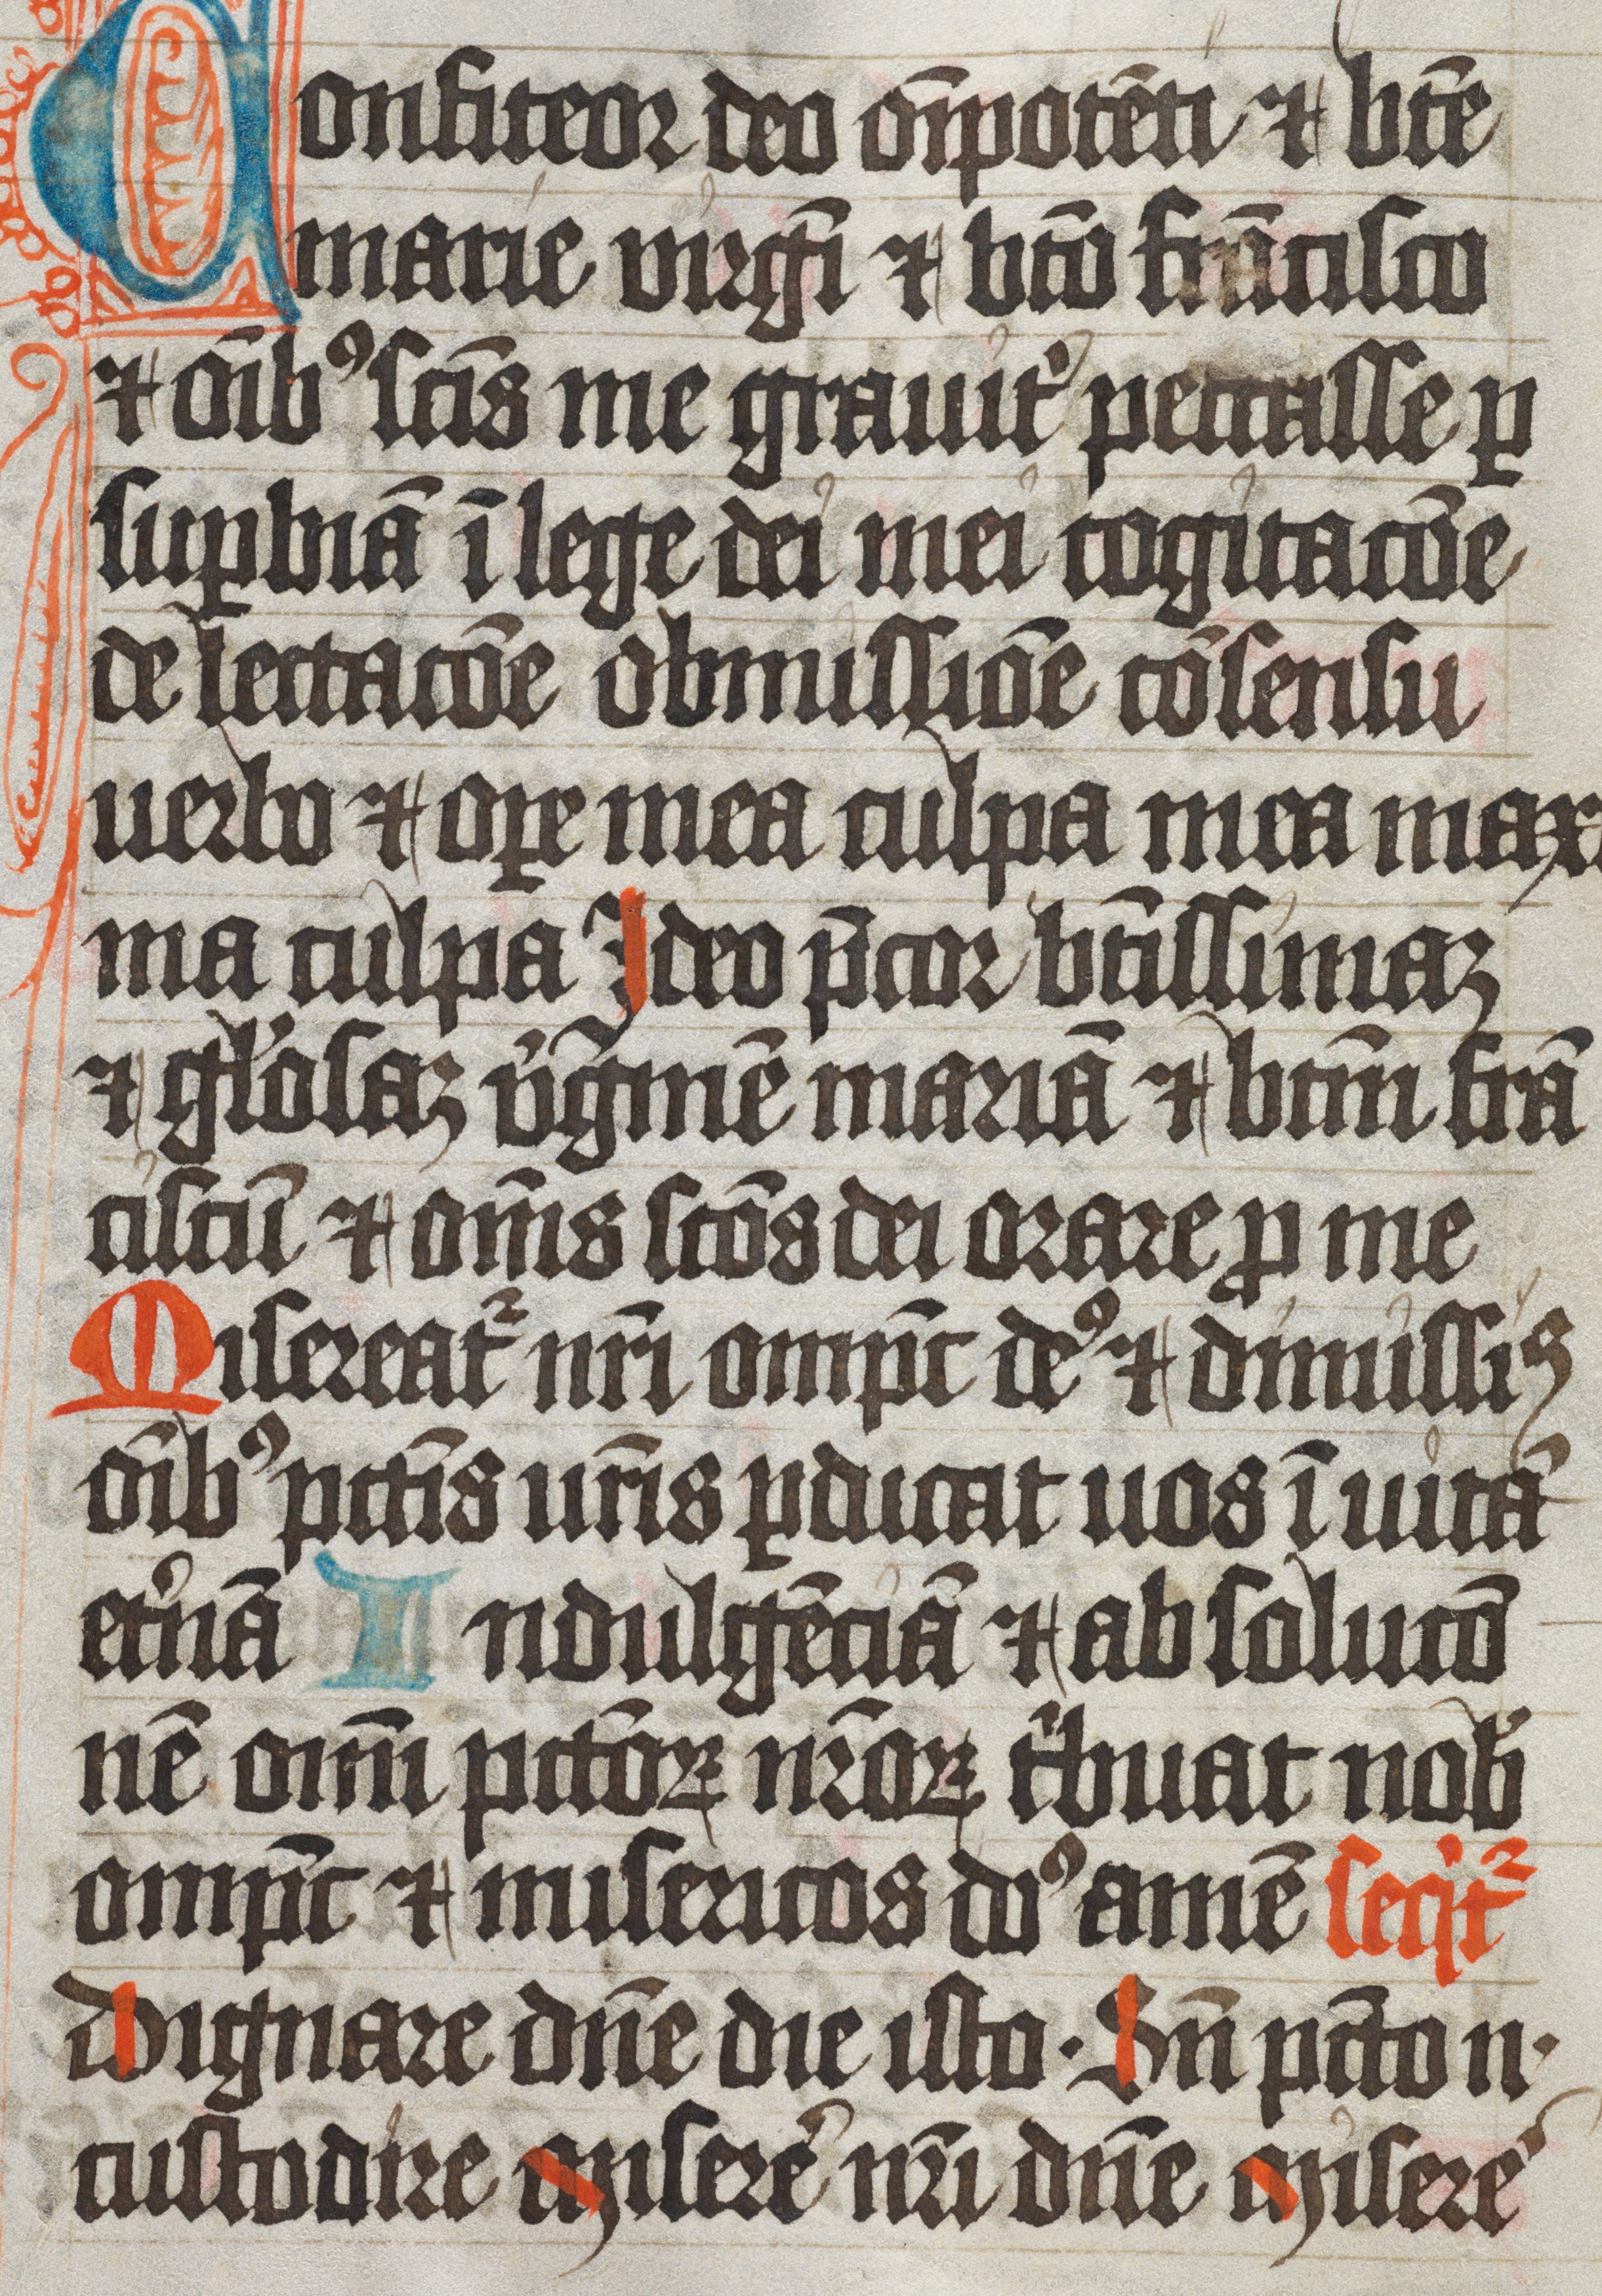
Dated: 1450–1530